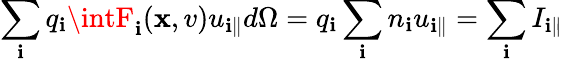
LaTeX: \sum_{\mathbf{i}}q_{\mathbf{i}}\intF_{\mathbf{i}}(\mathbf{x},v)u_{\mathbf{i}\parallel}d\Omega=q_{\mathbf{i}}\sum_{\mathbf{i}}n_{\mathbf{i}}u_{\mathbf{i}\parallel}=\sum_{\mathbf{i}}I_{\mathbf{i}\parallel}